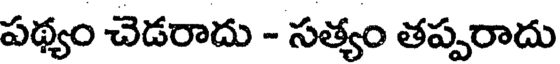
పథ్యం చెడరాదు - సత్యం తప్పరాదు